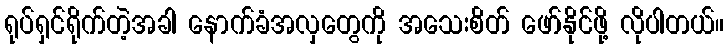
ရုပ်ရှင်ရိုက်တဲ့အခါ နောက်ခံအလှတွေကို အသေးစိတ် ဖော်နိုင်ဖို့ လိုပါတယ်။